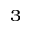
^ 3